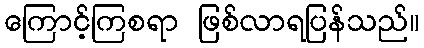
ကြောင့်ကြစရာ ဖြစ်လာရပြန်သည်။